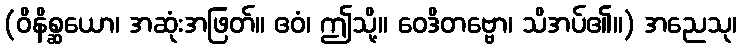
(ဝိနိစ္ဆယော၊ အဆုံးအဖြတ်။ ဧဝံ၊ ဤသို့။ ဝေဒိတဗ္ဗော၊ သိအပ်၏။) အညေသု၊